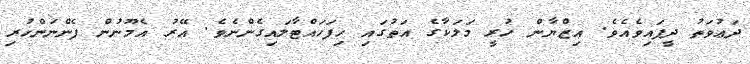
ދަޢުވަތު ދީފައިވެއެވެ. އިޒްޔާން ހުރީ މަލަކާގެ އަތުގައި ހިފަހައްޓާލައިގެންނެވެ. އޭރު އެމޫނުން ފެންނަންހުރި